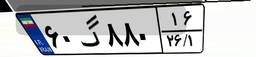
۶۰گ۸۸۰۱۶